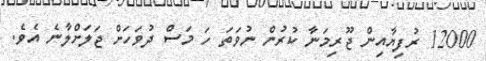
12000 ރުފިޔާއިން ޖޫރިމަނާ ކުރުން ނުވަތަ ހަ މަސް ދުވަހަށް ޖަލަށްލާނެ އެވެ.